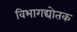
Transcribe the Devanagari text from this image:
विभागद्योतक